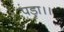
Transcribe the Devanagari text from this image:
पड़ा।।